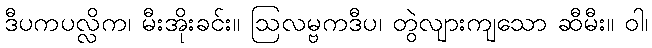
ဒီပကပလ္လိက၊ မီးအိုးခင်း။ ဩလမ္ဗကဒီပ၊ တွဲလျားကျသော ဆီမီး။ ဝါ၊